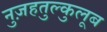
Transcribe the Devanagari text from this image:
नुज़हतुल्कुलूब